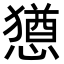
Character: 𫻆